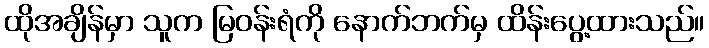
ထိုအချိန်မှာ သူက မြဝန်းရံကို နောက်ဘက်မှ ထိန်းပွေ့ထားသည်။